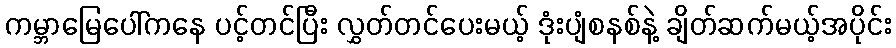
ကမ္ဘာမြေပေါ်ကနေ ပင့်တင်ပြီး လွှတ်တင်ပေးမယ့် ဒုံးပျံစနစ်နဲ့ ချိတ်ဆက်မယ့်အပိုင်း